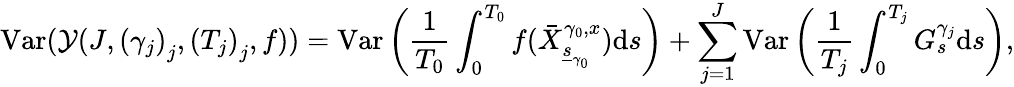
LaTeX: \mathrm{Var}(\mathcal{Y}(J,\left(\gamma_{j}\right)_{j},\left(T_{j}\right)_{j},f))=\mathrm{Var}\left(\frac{1}{T_{0}}\int_{0}^{T_{0}}f(\bar{X}_{\underline{{s}}_{\gamma_{0}}}^{\gamma_{0},x})\mathrm{d}s\right)+\sum_{j=1}^{J}\mathrm{Var}\left(\frac{1}{T_{j}}\int_{0}^{T_{j}}G_{s}^{\gamma_{j}}\mathrm{d}s\right),